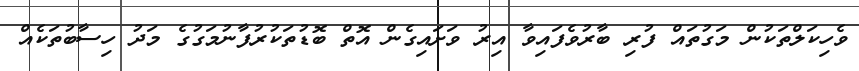
ވެހިކަލްތަކުން މަގުތައް ފުރި ބާރުވެފައިވާ އިރު ވަށައިގެން އޮތް ބޮޑުތަކުރުފާނުމަގުގެ މަދު ހިސާބުތަކެއް